Vaccination in Bombay 1924-1928 - 1924-1928
Year: 1924
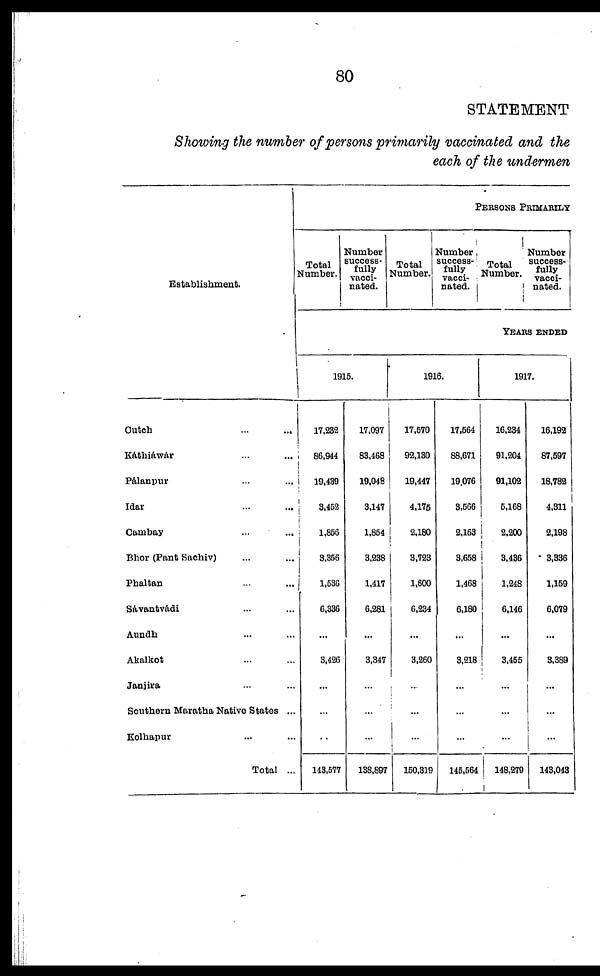
80
STATEMENT
Showing the number of persons primarily vaccinated and the
each of the undermen
Establishment.
Cutch ... ...
Káthiáwár ... ...
Pálanpur ... ...
Idar ... ...
Cambay ... ...
Bhor (Pant Sachiv) ... ...
Phaltan ... ...
Sávantvádi ... ...
Aundh ... ...
Akalkot ... ...
Janjira ... ...
Southern Maratha Native States ...
Kolhapur ... ...
Total ...
PERSONS PRIMARILY
Total
Number.
Number
success-
fully
vacci-
nated.
Total
Number.
Number
success-
fully
vacci-
nated.
Total
Number.
Number
success-
fully
vacci-
nated.
YEARS ENDED
1915.
17,232
86,944
19,439
3,452
1,856
3,356
1,536
6,336
...
3,426
...
...
...
143,577
17,097
83,468
19,048
3,147
1,854
3,238
1,417
6,281
...
3,347
...
...
...
138,897
1916.
17,570
92,130
19,447
4,175
2,180
3,723
1,600
6,234
...
3,260
...
...
...
150,319
17,564
88,671
19,076
3,566
2,163
3,658
1,468
6,180
...
3,218
...
...
...
145,564
1917.
16,234
91,204
91,102
5,168
2,200
3,436
1,248
6,146
...
3,455
...
...
...
148,279
16,192
87,597
18,782
4,311
2,198
3,336
1,159
6,079
...
3,389
...
...
...
143,043